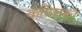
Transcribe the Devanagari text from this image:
काँग्रेसको